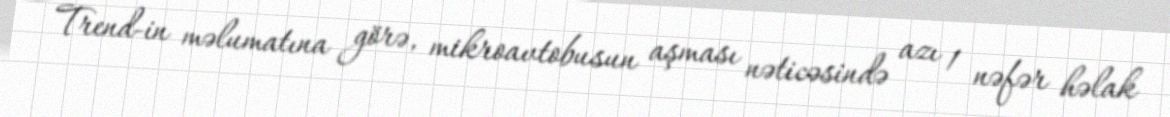
Trend-in məlumatına görə, mikroavtobusun aşması nəticəsində azı 1 nəfər həlak